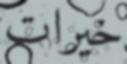
خیرات